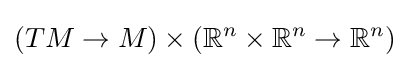
(TM\to M)\times (\mathbb {R} ^{n}\times \mathbb {R} ^{n}\to \mathbb {R} ^{n})